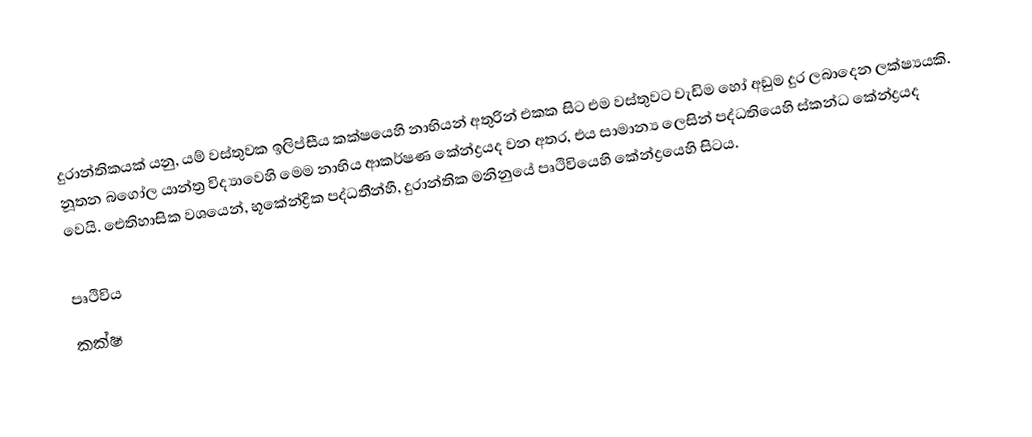
දුරාන්තිකයක් යනු, යම් වස්තුවක  ඉලිප්සීය කක්ෂයෙහි නාභියන් අතුරින් එකක සිට  එම වස්තුවට වැඩිම හෝ අඩුම දුර ලබාදෙන ලක්ෂ්‍යයකි. නූතන බගෝල යාන්ත්‍ර විද්‍යාවෙහි මෙම නාභිය ආකර්ෂණ කේන්ද්‍රයද වන අතර, එය සාමාන්‍ය ලෙසින් පද්ධතියෙහි ස්කන්ධ කේන්ද්‍රයද වෙයි. ඓතිහාසික වශයෙන්, භූකේන්ද්‍රික පද්ධතීන්හී, දුරාන්තික මනිනුයේ පෘථිවියෙහි කේන්ද්‍රයෙහි සිටය.

පෘථිවිය
කක්ෂ